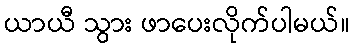
ယာယီ သွား ဖာပေးလိုက်ပါမယ်။